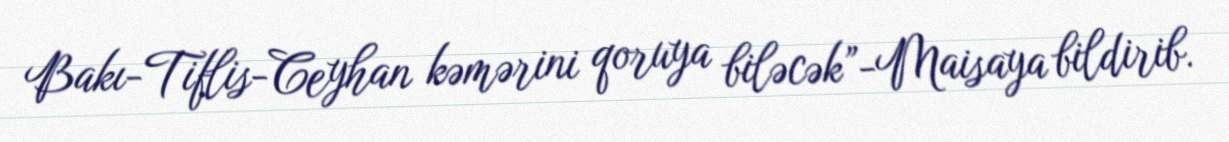
Bakı-Tiflis-Ceyhan kəmərini qoruya biləcək”-Maisaya bildirib.